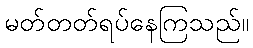
မတ်တတ်ရပ်နေကြသည်။